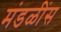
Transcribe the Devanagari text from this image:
मंडळींस